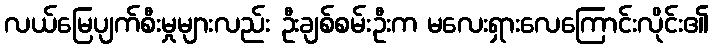
လယ်မြေပျက်စီးမှုများလည်း ဦးချစ်စမ်းဦးက မလေးရှားလေကြောင်းလိုင်း၏